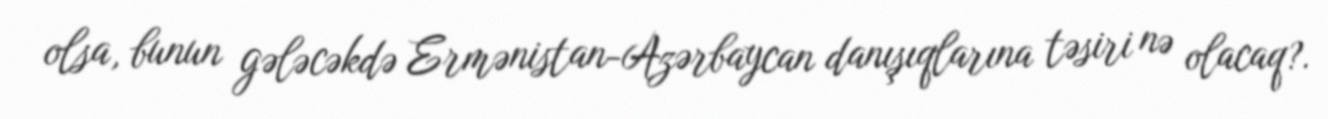
olsa, bunun gələcəkdə Ermənistan-Azərbaycan danışıqlarına təsiri nə olacaq?.